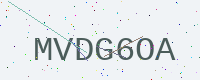
Text: MVDG6OA